Vaccine operations Central Provinces 1900-1911 - 1900-1911
Year: 1900
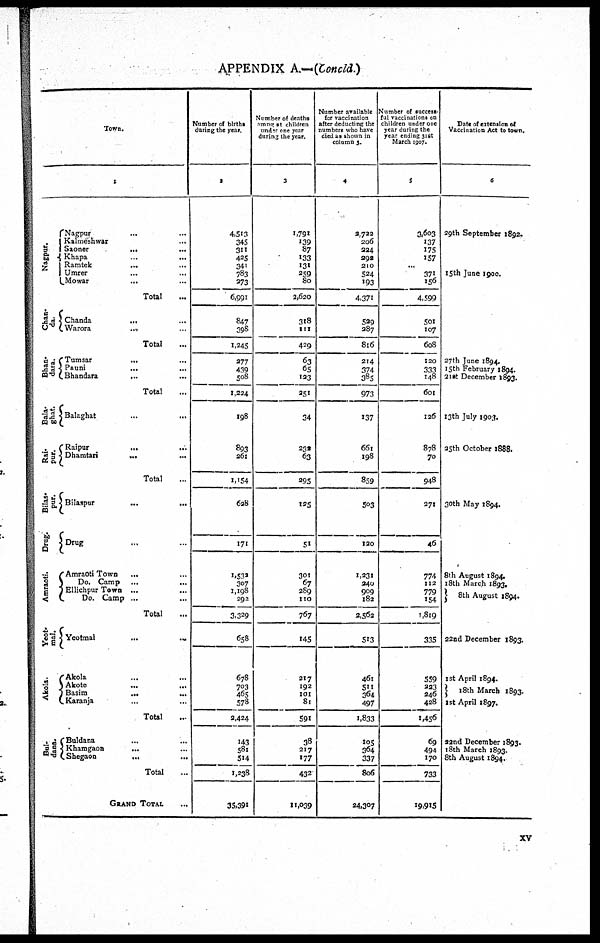
APPENDIX A.—(Concld.)
Town.
1
Nagpur.
Chan¬
da.
Bhan¬
dara.
Bala¬
ghat.
Rai¬
par.
Bilas¬
pur.
Drug.
Amraoti.
Yeot¬
mal.
Akola.
Bul¬
dana.
Nagpur
...
...
Kalmeshwar ...
Saoner
...
...
Khapa ... ...
Ramtek ... ...
Umrer ... ...
Mowar
... ...
Total ...
Chanda
... ...
Warora ... ...
Total ...
Tumsar
... ...
Pauni
...
...
Bhandara
...
...
Total
Balaghat
...
...
Raipur
...
...
Dhamtari
...
...
Total ...
Bilaspur
... ...
Drug ... ...
Amraoti Town
...
...
Do. Camp ... ...
Ellichpur Town ... ...
Do. Camp ... ...
Total ...
Yeotmal
...
...
Akola
... ...
Akote
...
...
Basim
...
...
Karanja ... ...
Total
Buldana ... ...
Khamgaon
...
...
Shegaon ... ...
Total
GRAND TOTAL
Number of births
during the year.
2
4,513
345
311
425
341
783
373
6,991
847
398
1,245
277
439
508
1,224
198
893
261
1,154
628
171
1,532
307
1,198
292
3,329
658
678
703
465
578
2,424
143
581
514
1,238
35,391
Number of deaths
amng at children
under one year
during the year.
3
1,791
139
87
133
131
259
80
2,620
318
111
429
63
65
123
251
34
232
63
295
125
51
301
67
289
110
767
145
217
192
101
81
591
38
217
177
432
11,039
Number available
for vaccination
after deducting the
numbers who have
died as shown in
column 5.
4
2,122
206
224
292
210
524
193
4,371
529
287
816
214
374
385
973
137
661
198
859
503
120
1,231
240
909
182
2,562
513
461
511
364
497
1,833
105
364
337
806
24,307
Number of success-
ful vaccinations on
children under one
year during the
year ending 31st
March 1907.
5
3,603
137
175
157
...
371
156
4,599
501
107
608
120
333
148
601
126
878
70
948
271
46
774
112
779
154
1,819
335
559
223
246
428
1,456
69
494
170
733
19,915
Date of extension of
Vaccination Act to town.
6
29th September 1892.
15th June 1900.
27th June 1894.
15th February 1894.
21 st December 1893.
13th July 1903.
25th October 1888.
30th May 1894.
8th August 1894.
18th March 1893.
8th August 1894.
22nd December 1893.
1st April 1894.
18th March 1893.
1st April 1897.
22nd December 1893.
18th March 1893.
8th August 1894.
xv